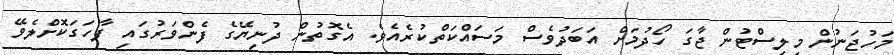
މަހުޖަނުން މިލިސްޓުން ޖާގަ ހޯދުމަށް އަބަދުވެސް މަސައްކަތްކުރެއެވެ. އެގޮތުން ދުނިޔޭގެ ފެންވަރުގައި ފާހަގަކޮށްލެވޭ